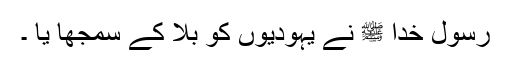
رسول خدا ﷺ نے یہودیوں کو بلا کے سمجھا یا ۔